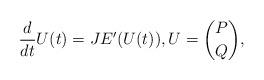
LaTeX: \begin{align*}\frac{d}{dt}U(t)=J E'(U(t)), U={P\choose Q},\end{align*}